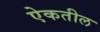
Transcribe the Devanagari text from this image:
ऐकतील